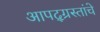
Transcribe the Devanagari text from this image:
आपद्ग्रस्तांचे